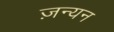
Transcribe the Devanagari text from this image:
ज़न्यन